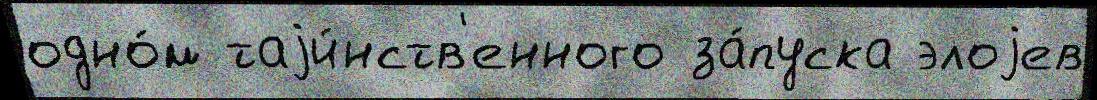
одно́м таjи́нств'енного за́пуска элоjев